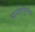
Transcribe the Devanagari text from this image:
भारतापुरतेच